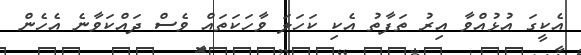
އެކީގަ އުޅުއްވާ އިރު ތަފާތު އެކި ކަހަލަ ވާހަކަތައް ވެސް ދައްކަވާނެ އެހެން